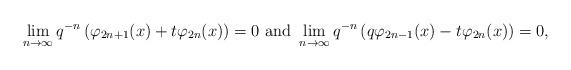
LaTeX: \begin{align*} \lim_{n\to\infty}q^{-n}\left(\varphi_{2n+1}(x)+t\varphi_{2n}(x)\right)=0 \mbox{ and } \lim_{n\to\infty}q^{-n}\left(q\varphi_{2n-1}(x)-t\varphi_{2n}(x)\right)=0, \end{align*}